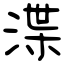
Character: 渫